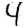
Digit: 4